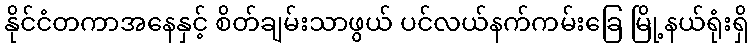
နိုင်ငံတကာအနေနှင့် စိတ်ချမ်းသာဖွယ် ပင်လယ်နက်ကမ်းခြေ မြို့နယ်ရုံးရှိ